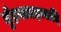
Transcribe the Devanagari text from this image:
मुँहनालइत्यादि